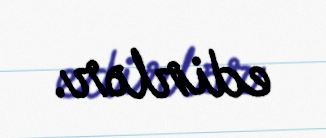
edirlər.